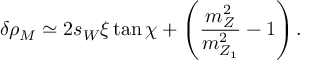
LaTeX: \delta \rho _ { M } \simeq 2 s _ { W } \xi \tan \chi + \left( { \frac { m _ { Z } ^ { 2 } } { m _ { Z _ { 1 } } ^ { 2 } } } - 1 \right) .